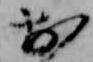
お